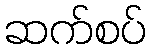
ဆက်စပ်